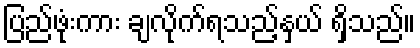
ပြည်ဖုံးကား ချလိုက်ရသည့်နှယ် ရှိသည်။